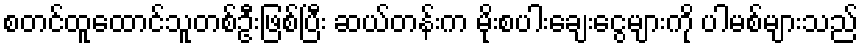
စတင်ထူထောင်သူတစ်ဦးဖြစ်ပြီး ဆယ်တန်းက မိုးစပါးချေးငွေများကို ပါမစ်များသည်